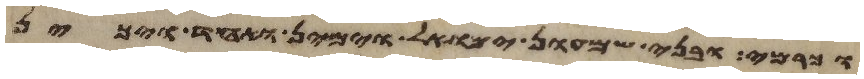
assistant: וכרמי ובני שמעון ימואל וימין ואחד ויכין